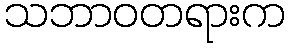
သဘာဝတရားက